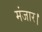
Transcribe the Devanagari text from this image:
मंजार।